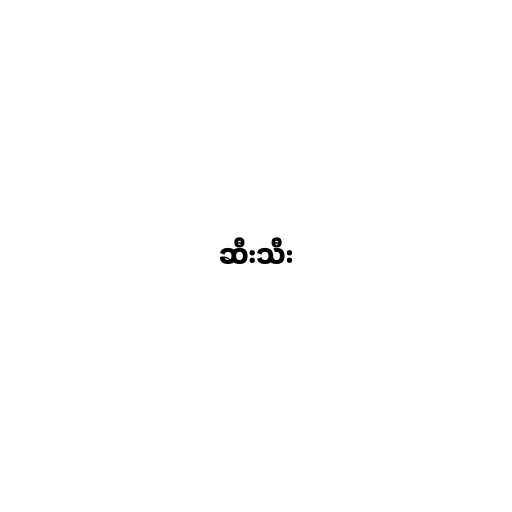
ဆီးသီး